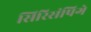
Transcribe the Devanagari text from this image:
सिरिसंपिगे